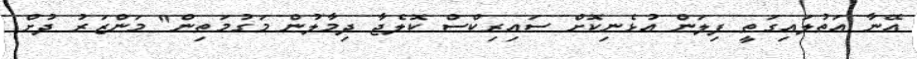
އޭނާ އަތުލައިގަތީ ފިލަން އުޅެނިކޮށް ސައިރިކްސް ކޮލެޖާ ދިމާލުން މަގުމަތިން" މަންޒަރު ދުށް